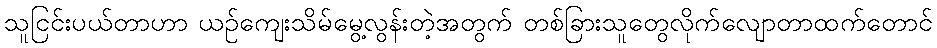
သူငြင်းပယ်တာဟာ ယဉ်ကျေးသိမ်မွေ့လွန်းတဲ့အတွက် တစ်ခြားသူတွေလိုက်လျောတာထက်တောင်